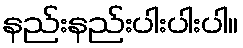
နည်းနည်းပါးပါးပါ။